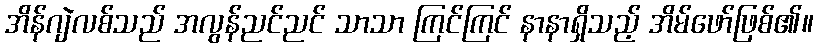
အိန်ဂျဲလစ်သည် အလွန်ညင်ညင် သာသာ ကြင်ကြင် နာနာရှိသည့် အိမ်ဖော်ဖြစ်၏။